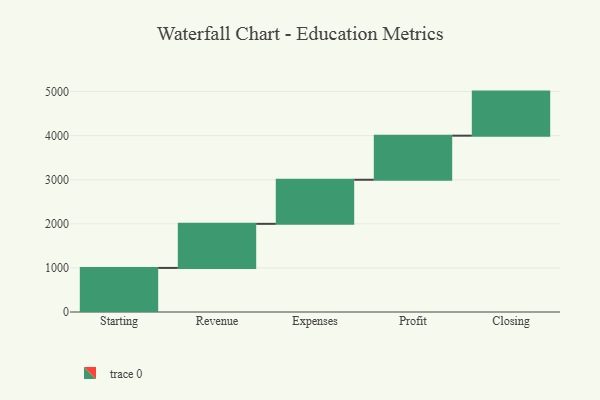
{"axis": {"x": "Step", "y": "Value"}, "legend": [""], "data": [{"x": "Starting", "y": 1000, "type": ""}, {"x": "Revenue", "y": 1000, "type": ""}, {"x": "Expenses", "y": 1000, "type": ""}, {"x": "Profit", "y": 1000, "type": ""}, {"x": "Closing", "y": 1000, "type": ""}]}